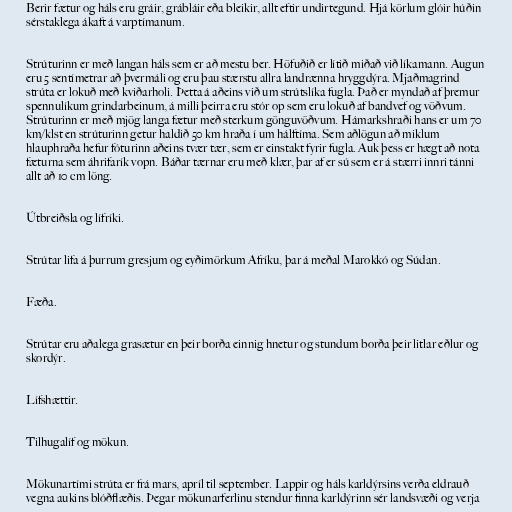
Berir fætur og háls eru gráir, grábláir eða bleikir, allt eftir undirtegund. Hjá körlum glóir húðin
sérstaklega ákaft á varptímanum.

Strúturinn er með langan háls sem er að mestu ber. Höfuðið er lítið miðað við líkamann. Augun
eru 5 sentímetrar að þvermáli og eru þau stærstu allra landrænna hryggdýra. Mjaðmagrind
strúta er lokuð með kviðarholi. Þetta á aðeins við um strútslíka fugla. Það er myndað af þremur
spennulíkum grindarbeinum, á milli þeirra eru stór op sem eru lokuð af bandvef og vöðvum.
Strúturinn er með mjög langa fætur með sterkum gönguvöðvum. Hámarkshraði hans er um 70
km/klst en strúturinn getur haldið 50 km hraða í um hálftíma. Sem aðlögun að miklum
hlauphraða hefur fóturinn aðeins tvær tær, sem er einstakt fyrir fugla. Auk þess er hægt að nota
fæturna sem áhrifarík vopn. Báðar tærnar eru með klær, þar af er sú sem er á stærri innri tánni
allt að 10 cm löng.

Útbreiðsla og lífríki.

Strútar lifa á þurrum gresjum og eyðimörkum Afríku, þar á meðal Marokkó og Súdan.

Fæða.

Strútar eru aðalega grasætur en þeir borða einnig hnetur og stundum borða þeir litlar eðlur og
skordýr.

Lífshættir.

Tilhugalíf og mökun.

Mökunartími strúta er frá mars, apríl til september. Lappir og háls karldýrsins verða eldrauð
vegna aukins blóðflæðis. Þegar mökunarferlinu stendur finna karldýrinn sér landsvæði og verja